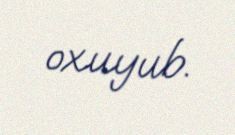
oxuyub.